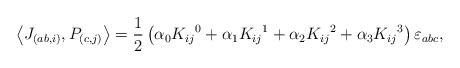
LaTeX: \begin{align*}\left\langle J_{(ab,i)},P_{(c,j)}\right\rangle =\frac{1}{2}\left( \alpha_{0}K_{ij}{}^{0}+\alpha_{1}K_{ij}{}^{1}+\alpha_{2}K_{ij}{}^{2}+\alpha_{3}K_{ij}{}^{3}\right) \varepsilon_{abc},\end{align*}